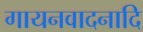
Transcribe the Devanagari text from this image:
गायनवादनादि